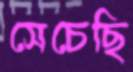
সেচেছি